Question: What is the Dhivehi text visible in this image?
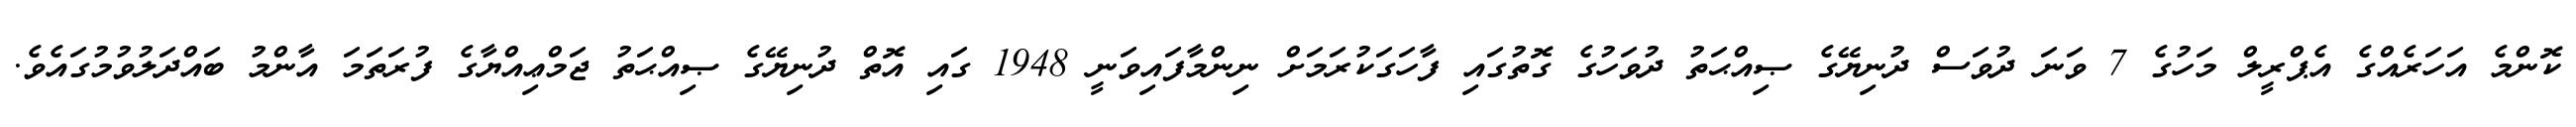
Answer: ކޮންމެ އަހަރެއްގެ އެޕްރީލް މަހުގެ 7 ވަނަ ދުވަސް ދުނިޔޭގެ ޞިއްޙަތު ދުވަހުގެ ގޮތުގައި ފާހަގަކުރަމަށް ނިންމާފައިވަނީ 1948 ގައި އޮތް ދުނިޔޭގެ ޞިއްޙަތު ޖަމްޢިއްޔާގެ ފުރަތަމަ އާންމު ބައްދަލުވުމުގައެވެ.